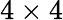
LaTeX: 4\times 4